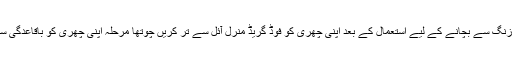
تیسرا مرحلہ زنگ سے بچانے کے لیے استعمال کے بعد اپنی چھری کو فوڈ گریڈ منرل آئل سے تر کریں چوتھا مرحلہ اپنی چھری کو باقاعدگی سے تیز کریں۔